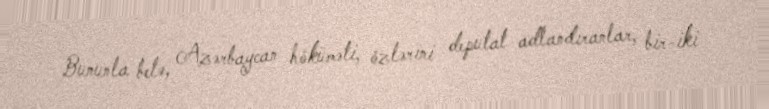
Bununla belə, Azərbaycan höküməti, özlərini deputat adlandıranlar, bir-iki